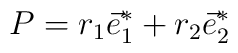
P = r_1 \vec{e}_1^* + r_2 \vec{e}_2^*